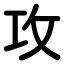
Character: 攻